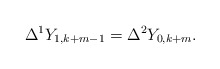
\begin{align*}\Delta^1Y_{1,k+m-1}=\Delta^2Y_{0,k+m}.\end{align*}